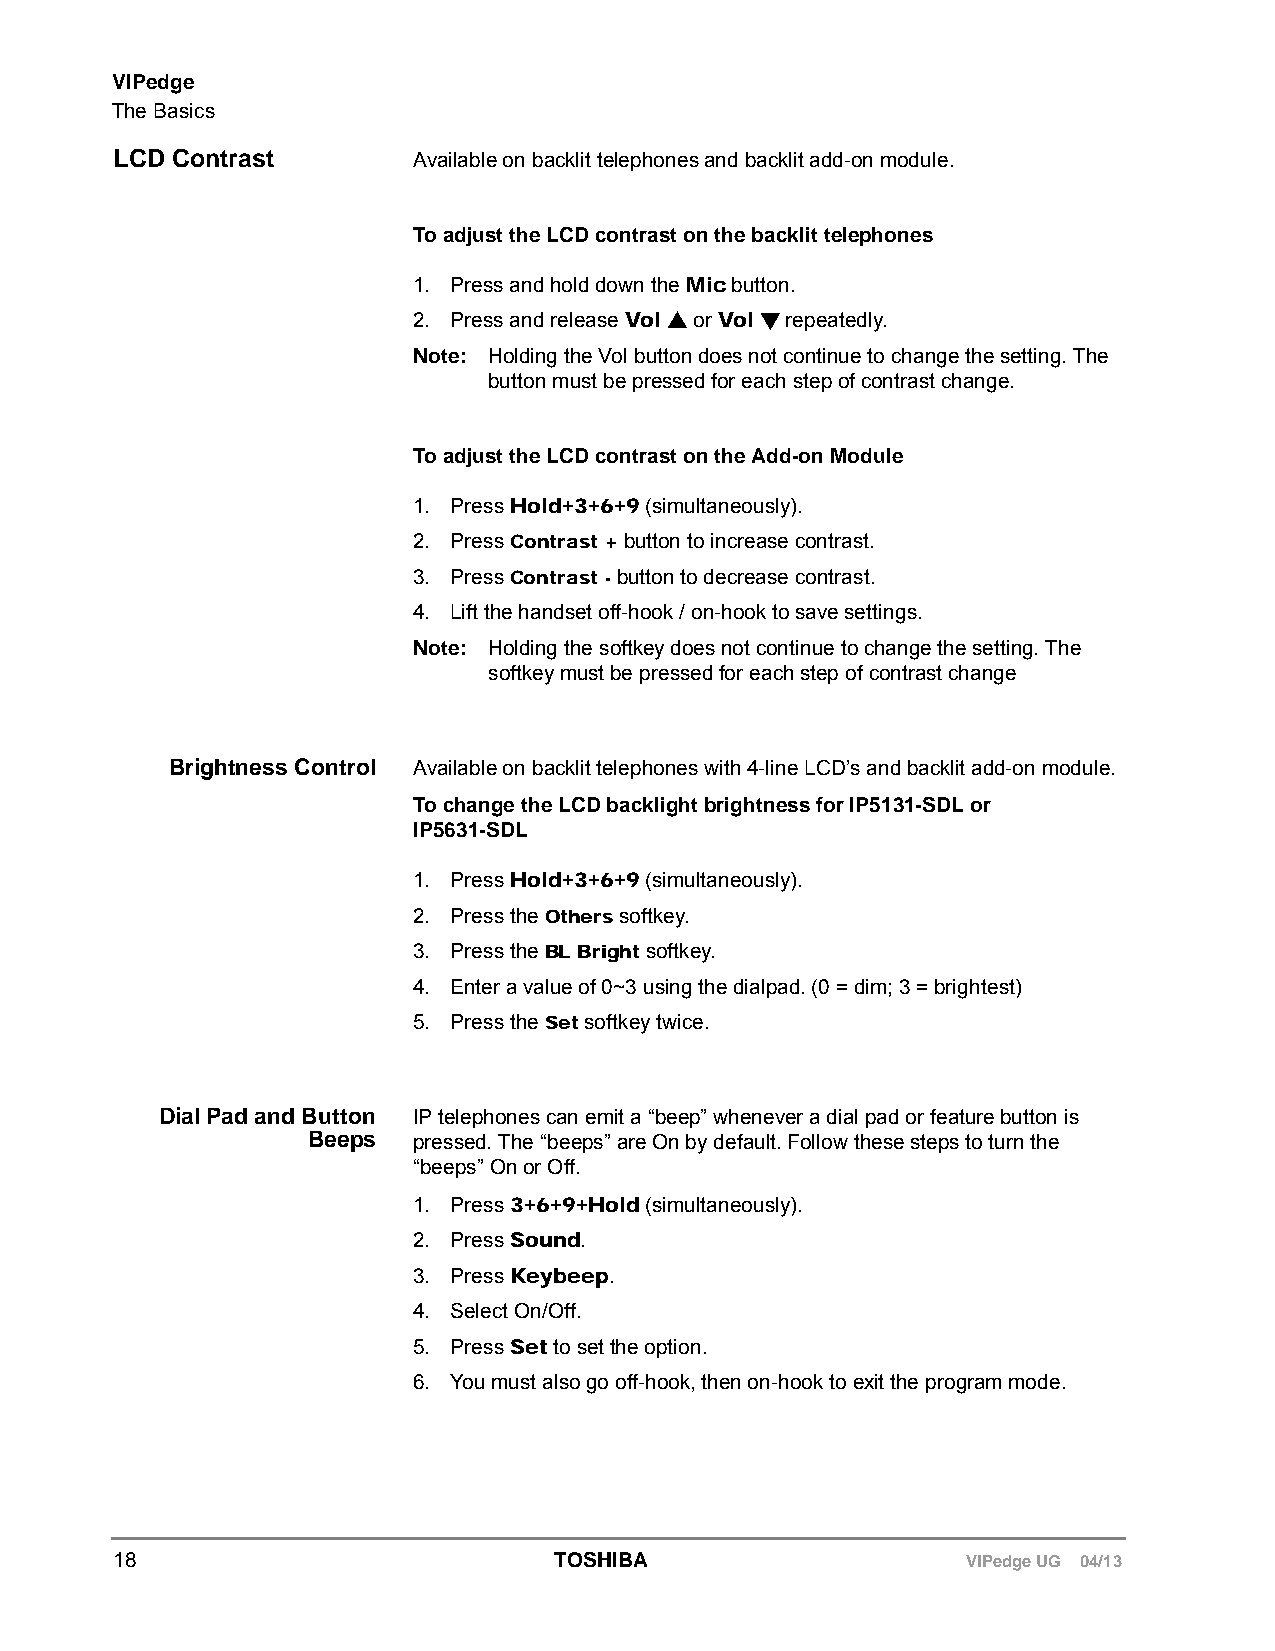
VIPedge
 The Basics
 LCD Contrast       Available on backlit telephones and backlit add-on module.
 To adjust the LCD contrast on the backlit telephones
 1. Press and hold down the Mic button.
 2. Press and release Vol  or Vol  repeatedly.
 Note: Holding the Vol button does not continue to change the setting. The
 button must be pressed for each step of contrast change.
 To adjust the LCD contrast on the Add-on Module
 1. Press Hold+3+6+9 (simultaneously).
 2. Press Contrast + button to increase contrast.
 3. Press Contrast - button to decrease contrast.
 4. Lift the handset off-hook / on-hook to save settings.
 Note: Holding the softkey does not continue to change the setting. The
 softkey must be pressed for each step of contrast change
 Brightness Control Available on backlit telephones with 4-line LCD’s and backlit add-on module.
 To change the LCD backlight brightness for IP5131-SDL or
 IP5631-SDL
 1. Press Hold+3+6+9 (simultaneously).
 2. Press the Others softkey.
 3. Press the BL Bright softkey.
 4. Enter a value of 0~3 using the dialpad. (0 = dim; 3 = brightest)
 5. Press the Set softkey twice.
 Dial Pad and Button IP telephones can emit a “beep” whenever a dial pad or feature button is
 Beeps  pressed. The “beeps” are On by default. Follow these steps to turn the
 “beeps” On or Off.
 1. Press 3+6+9+Hold (simultaneously).
 2. Press Sound.
 3. Press Keybeep.
 4. Select On/Off.
 5. Press Set to set the option.
 6. You must also go off-hook, then on-hook to exit the program mode.
 18                           TOSHIBA                    VIPedge UG 04/13